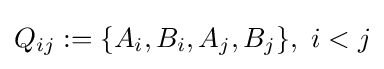
Q_{ij}:=\{A_{i},B_{i},A_{j},B_{j}\},\ i<j